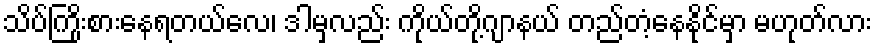
သိပ်ကြိုးစားနေရတယ်လေ၊ ဒါမှလည်း ကိုယ်တို့ဂျာနယ် တည်တံ့နေနိုင်မှာ မဟုတ်လား